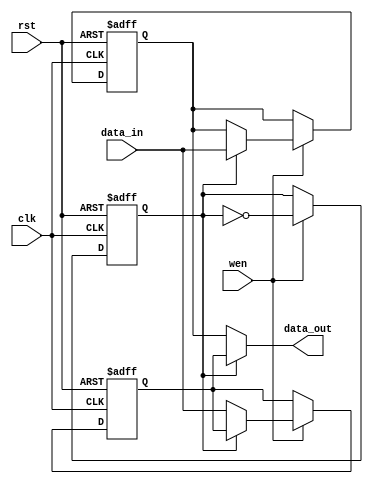
module double_buffer_register #(
    parameter DATA_WIDTH = 8 // Define the width of the data
) (
    input wire clk,           // Clock signal
    input wire rst,           // Asynchronous reset signal
    input wire wen,           // Write enable signal
    input wire [DATA_WIDTH-1:0] data_in, // Input data
    output reg [DATA_WIDTH-1:0] data_out // Output data
);

    reg [DATA_WIDTH-1:0] Reg_A; // Register A
    reg [DATA_WIDTH-1:0] Reg_B; // Register B
    reg toggle;                 // Toggle signal to select the active register

    // Synchronous logic for register writing and toggling
    always @(posedge clk or posedge rst) begin
        if (rst) begin
            // Reset both registers and toggle
            Reg_A <= {DATA_WIDTH{1'b0}};
            Reg_B <= {DATA_WIDTH{1'b0}};
            toggle <= 1'b0; // Initialize toggle to 0
        end else begin
            // Write data to the active register based on toggle
            if (wen) begin
                if (toggle) begin
                    Reg_A <= data_in; // Write to Reg_A when toggle is high
                end else begin
                    Reg_B <= data_in; // Write to Reg_B when toggle is low
                end
                // Toggle the active register
                toggle <= ~toggle;
            end
        end
    end

    // Output logic to provide the data from the non-active register
    always @(*) begin
        if (toggle) begin
            data_out = Reg_B; // Provide data from Reg_B when toggle is high
        end else begin
            data_out = Reg_A; // Provide data from Reg_A when toggle is low
        end
    end

endmodule